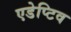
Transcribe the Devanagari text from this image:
एडेप्टिव